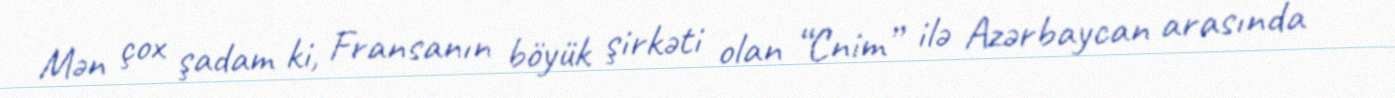
Mən çox şadam ki, Fransanın böyük şirkəti olan “Cnim” ilə Azərbaycan arasında